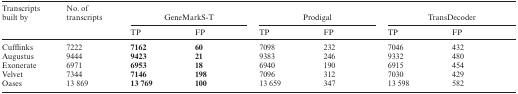
<table><thead><tr><td><b>Transcripts built by</b></td><td><b>No. of transcripts</b></td><td colspan="2"><b>GeneMarkS-T</b></td><td colspan="2"><b>Prodigal</b></td><td colspan="2"><b>TransDecoder</b></td></tr><tr><td></td><td></td><td><b>TP</b></td><td><b>FP</b></td><td><b>TP</b></td><td><b>FP</b></td><td><b>TP</b></td><td><b>FP</b></td></tr></thead><tbody><tr><td>Cufflinks</td><td>7222</td><td><b>7162</b></td><td><b>60</b></td><td>7098</td><td>232</td><td>7046</td><td>432</td></tr><tr><td>Augustus</td><td>9444</td><td><b>9423</b></td><td><b>21</b></td><td>9383</td><td>246</td><td>9332</td><td>480</td></tr><tr><td>Exonerate</td><td>6971</td><td><b>6953</b></td><td><b>18</b></td><td>6940</td><td>190</td><td>6915</td><td>454</td></tr><tr><td>Velvet</td><td>7344</td><td><b>7146</b></td><td><b>198</b></td><td>7096</td><td>312</td><td>7030</td><td>429</td></tr><tr><td>Oases</td><td>13 869</td><td><b>13 769</b></td><td><b>100</b></td><td>13 659</td><td>347</td><td>13 598</td><td>582</td></tr></tbody></table>